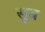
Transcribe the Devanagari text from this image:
सूब